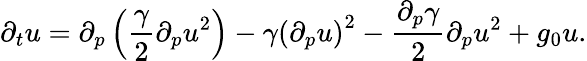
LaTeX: \partial_{t}u=\partial_{p}\left(\frac{\gamma}{2}\partial_{p}u^{2}\right)-\gamma\left(\partial_{p}u\right)^{2}-\frac{\partial_{p}\gamma}{2}\partial_{p}u^{2}+g_{0}u.